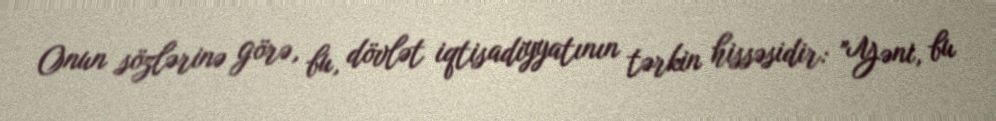
Onun sözlərinə görə, bu, dövlət iqtisadiyyatının tərkin hissəsidir: "Yəni, bu